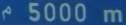
5000 m